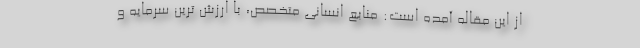
از این مقاله آمده است: منابع انسانی متخصص، با ارزش ترین سرمایه و